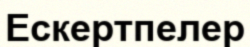
Ескертпелер